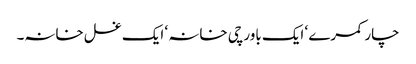
چار کمرے ‘ ایک باورچی خانہ ‘ ایک غسل خانہ۔